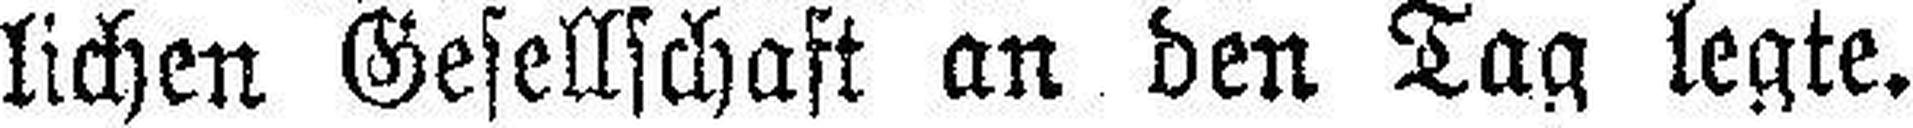
lichen Gesellschaft an den Tag legte.